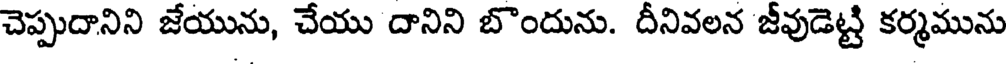
చెప్పుదానిని జేయును, చేయు దానిని బొందును. దీనివలన జీవుడెట్టి కర్మమును